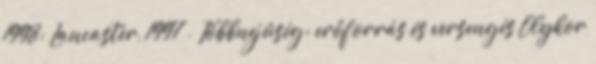
1998; Lancaster, 1997 . Többnejűség: erőforrás és versengés Olykor